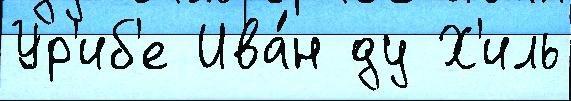
Ур'иб'е Ива́н ду Х'иль